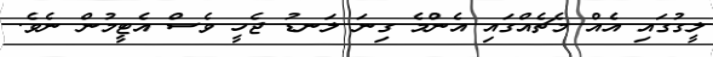
ލީގުގައި އެއް މެޗެއްގައި އެންމެ ގިނަ ލަނޑު ޖެހީ ވެސް އެޓީމުން ނެވެ.